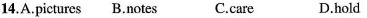
14.A.Pictures B.Notes C.CareD.Hold